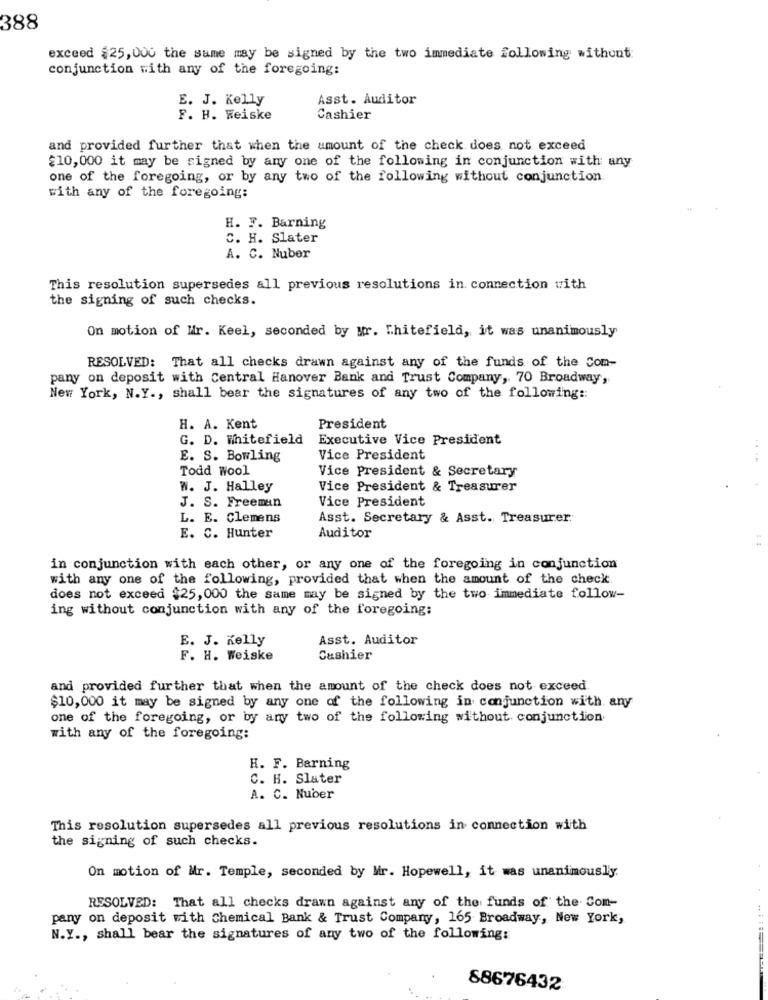
388
exceed $25,000 the same may be signed by the two immediate following without
conjunction with any of the foregoing:
E. J. Kelly
Asst. Auditor
F. H. Weiske
Cashier
and provided further that when the amount of the check does not exceed
£10,000 it may be signed by any one of the following in conjunction with any
one of the foregoing, or by any two of the following without conjunction.
with any of the foregoing:
H. F. Barning
C. H. Slater
A. C. Nuber
This resolution supersedes all previous resolutions in connection with
the signing of such checks.
On motion of Mr. Keel, seconded by Mr. Whitefield, it was unanimously
RESOLVED: That all checks drawn against any of the funds of the Com-
pany on deposit with Central Hanover Bank and Trust Company, 70 Broadway,
New York, N.Y ., shall bear the signatures of any two of the following ::
H. A. Kent
President
G. D. Whitefield
Executive Vice President
E. S. Bowling
Vice President
....
Todd Wool
Vice President & Secretary
W. J. Halley
Vice President & Treasurer
Vice President
J. S. Freeman
L. E. Clemens
Asst. Secretary & Asst. Treasurer
E. C. Hunter
Auditor
in conjunction with each other, or any one of the foregoing in conjunction
with any one of the following, provided that when the amount of the check
does not exceed $25,000 the same may be signed by the two immediate follow-
ing without conjunction with any of the foregoing:
E. J. Kelly
Asst. Auditor
F. H. Weiske
Cashier
and provided further that when the amount of the check does not exceed
$10,000 it may be signed by any one of the following in conjunction with any
one of the foregoing, or by any two of the following without conjunction
with any of the foregoing:
H. F. Barning
C. H. Slater
A. C. Nuber
This resolution supersedes all previous resolutions in connection with
the signing of such checks.
On motion of Mr. Temple, seconded by Mr. Hopewell, it was unanimously.
RESOLVED: That all checks drawn against any of the funds of the Com-
pany on deposit with chemical Bank & Trust Company, 165 Broadway, New York,
N.Y ., shall bear the signatures of any two of the following:
88676432